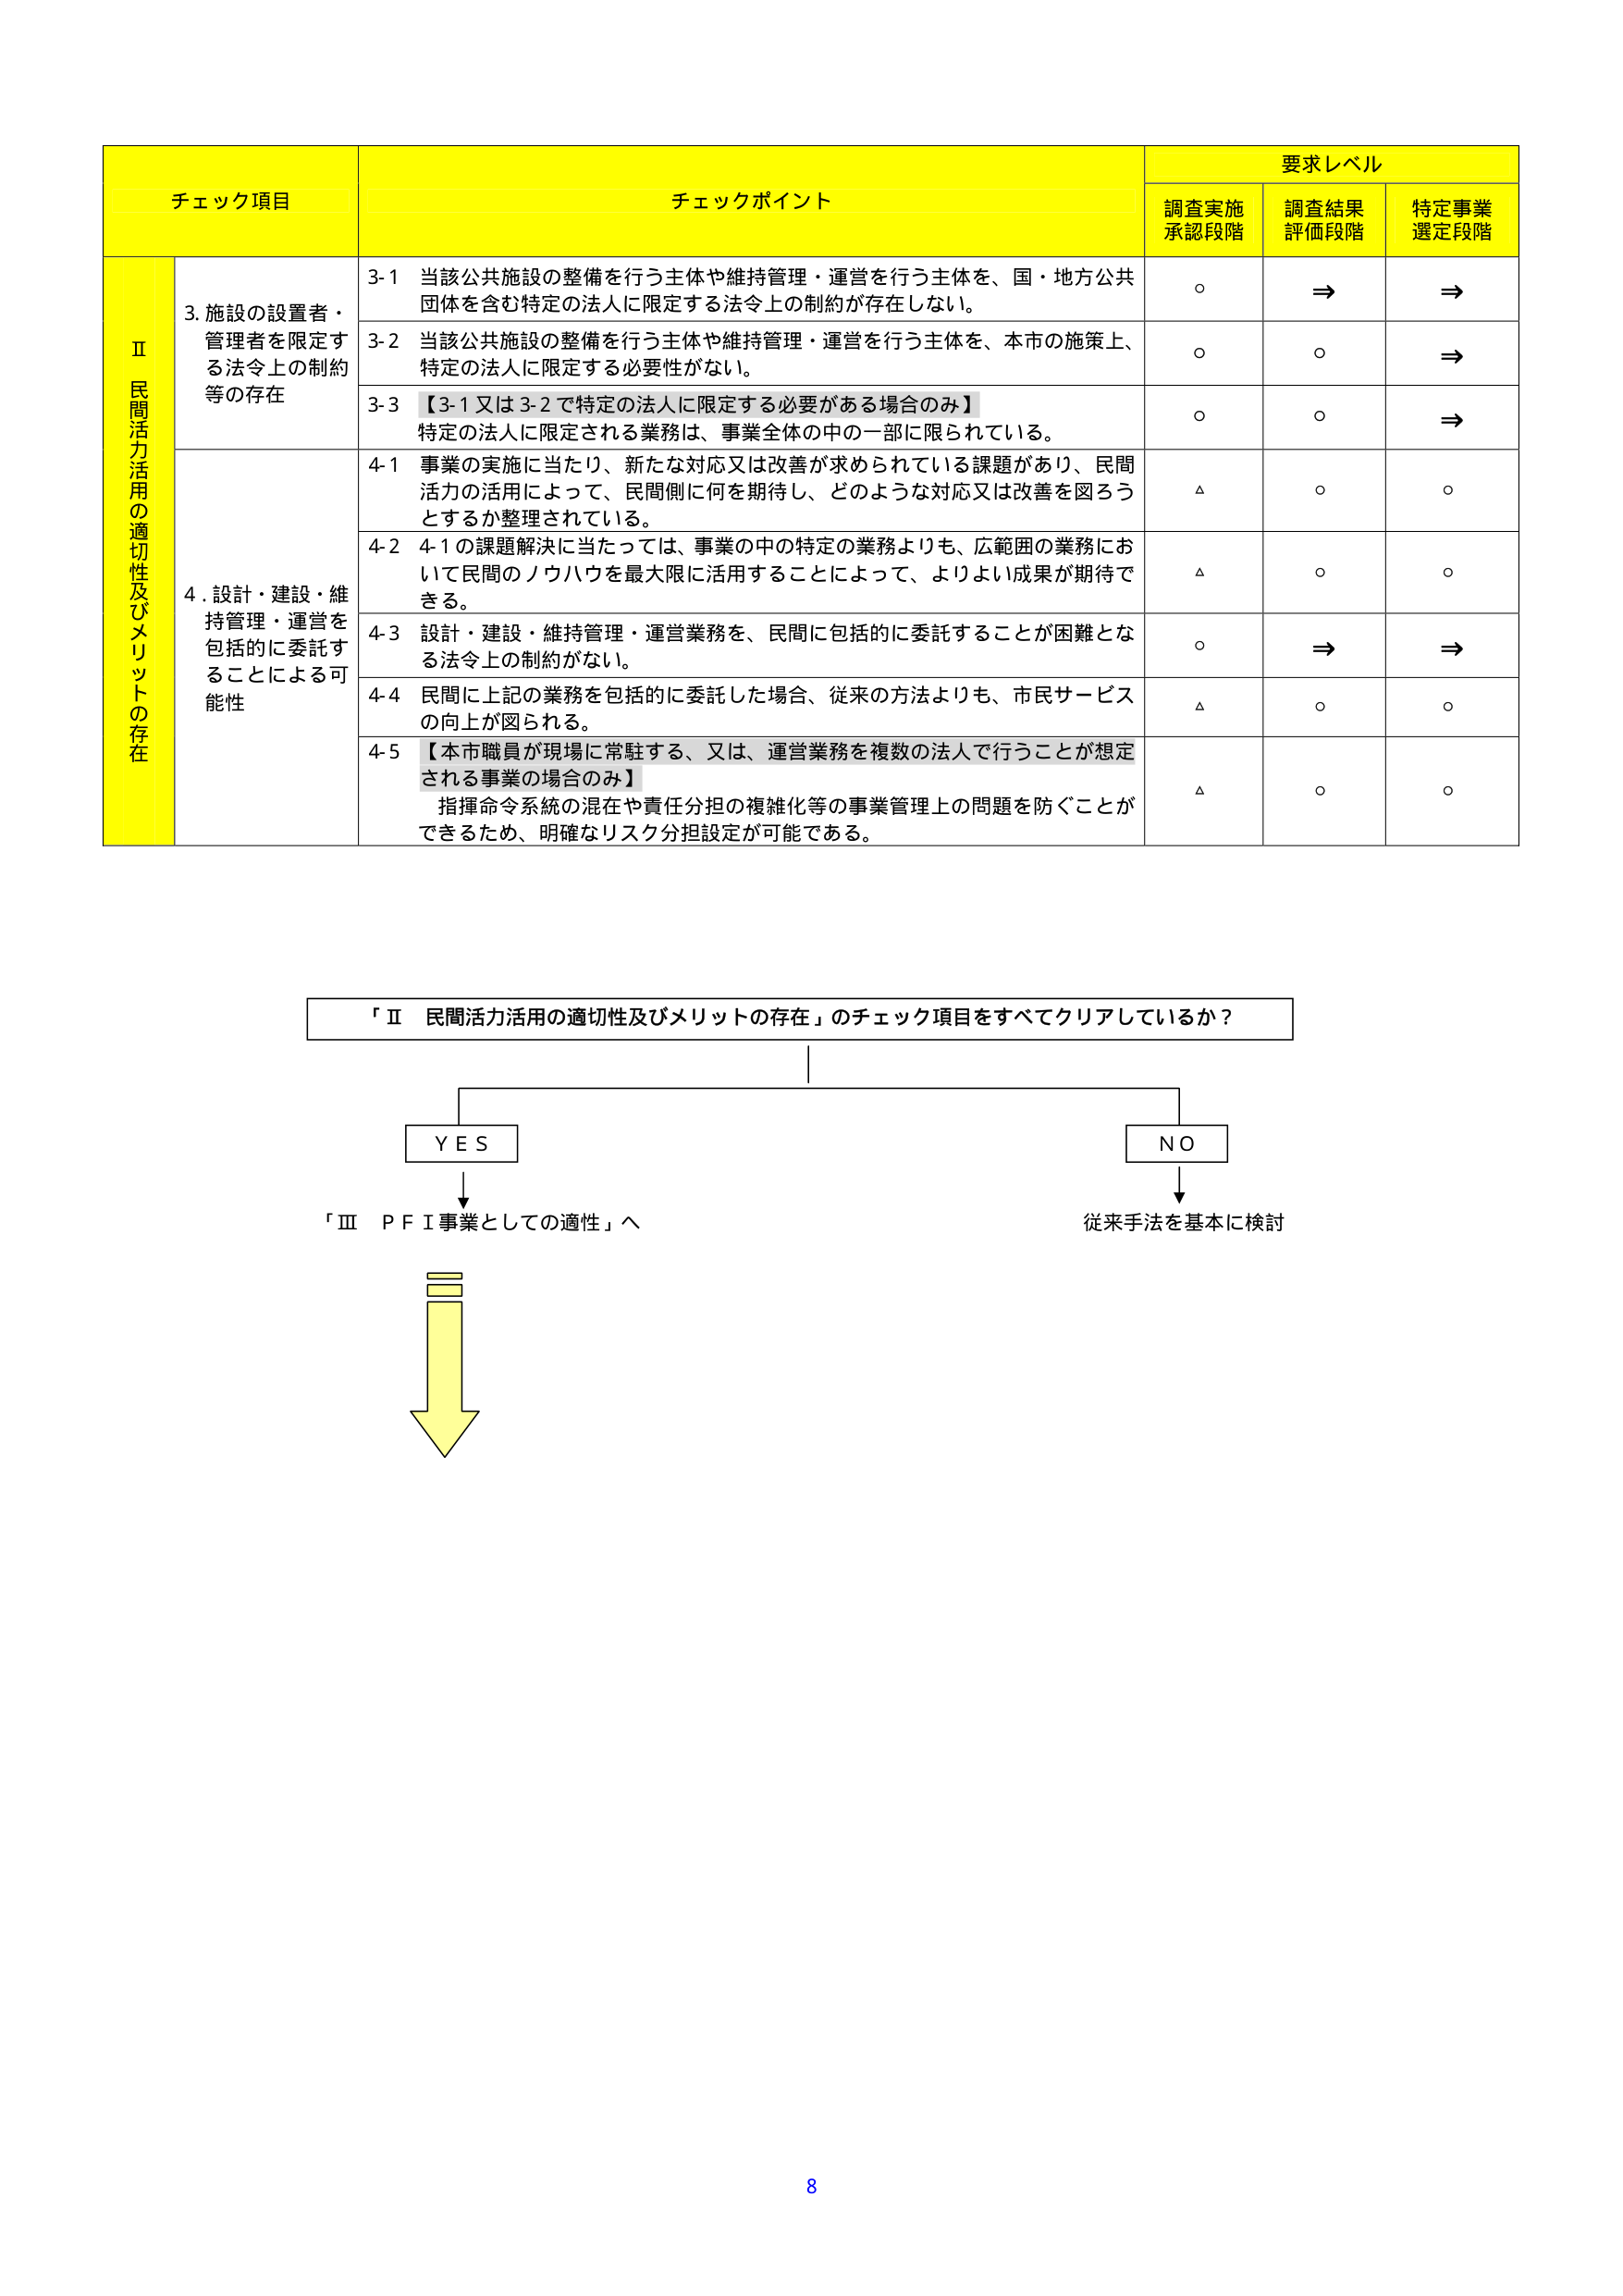
チェック項目
チェックポイント
要求レベル
調査実施承認段階
調査結果評価段階
特定事業選定段階
Ⅱ 民間活力活用の適切性及びメリットの存在
3. 施設の設置者・管理者を限定する法令上の制約等の存在
3-1 当該公共施設の整備を行う主体や維持管理・運営を行う主体を、国・地方公共団体を含む特定の法人に限定する法令上の制約が存在しない。
○
⇒
⇒
3-2 当該公共施設の整備を行う主体や維持管理・運営を行う主体を、本市の施策上、特定の法人に限定する必要性がない。
○
○
⇒
3-3 【3-1又は3-2で特定の法人に限定する必要がある場合のみ】特定の法人に限定される業務は、事業全体の中の一部に限られている。
○
○
⇒
4. 設計・建設・維持管理・運営を包括的に委託することによる可能性
4-1 事業の実施に当たり、新たな対応又は改善が求められている課題があり、民間活力の活用によって、民間側に何を期待し、どのような対応又は改善を図ろうとするか整理されている。
△
○
○
4-2 4-1の課題解決に当たっては、事業の中の特定の業務よりも、広範囲の業務において民間のノウハウを最大限に活用することによって、よりよい成果が期待できる。
△
○
○
4-3 設計・建設・維持管理・運営業務を、民間に包括的に委託することが困難となる法令上の制約がない。
○
⇒
⇒
4-4 民間に上記の業務を包括的に委託した場合、従来の方法よりも、市民サービスの向上が図られる。
△
○
○
4-5 【本市職員が現場に常駐する、又は、運営業務を複数の法人で行うことが想定される事業の場合のみ】指揮命令系統の混在や責任分担の複雑化等の事業管理上の問題を防ぐことができるため、明確なリスク分担設定が可能である。
△
○
○
「Ⅱ 民間活力活用の適切性及びメリットの存在」のチェック項目をすべてクリアしているか？
ＹＥＳ
ＮＯ
「Ⅲ ＰＦＩ事業としての適性」へ
従来手法を基本的に検討
8